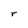
Character: r